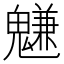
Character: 魐